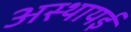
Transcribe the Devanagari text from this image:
अस्थायई